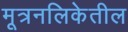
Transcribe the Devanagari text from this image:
मूत्रनलिकेतील